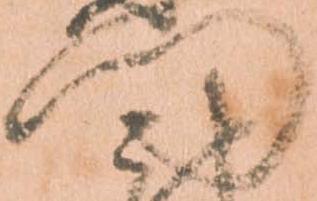
門